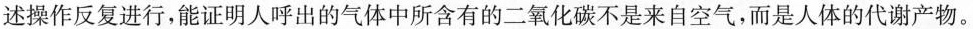
述操作反复进行，能证明人呼出的气体中所含有的二氧化碳不是来自空气，而是人体的代谢产物。